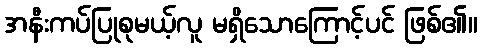
အနီးကပ်ပြုစုမယ့်လူ မရှိသောကြောင့်ပင် ဖြစ်၏။